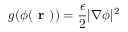
g ( \phi ( \textbf { r } ) ) = \frac { \epsilon } { 2 } | \nabla \phi | ^ { 2 }